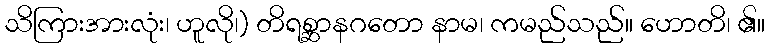
သိကြားအားလုံး၊ ဟူလို၊) တိရစ္ဆာနဂတော နာမ၊ ကမည်သည်။ ဟောတိ၊ ၏။